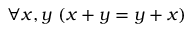
\forall x , y \ ( x + y = y + x )